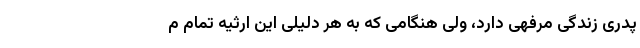
پدری زندگی مرفهی دارد، ولی هنگامی که به هر دلیلی این ارثیه تمام م